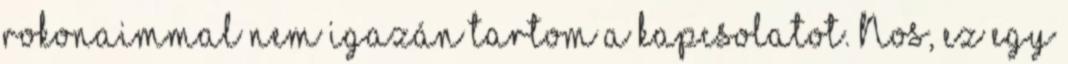
rokonaimmal nem igazán tartom a kapcsolatot. Nos, ez egy